Lunatic asylums Punjab 1911-1921 - 1911-1921
Year: 1911
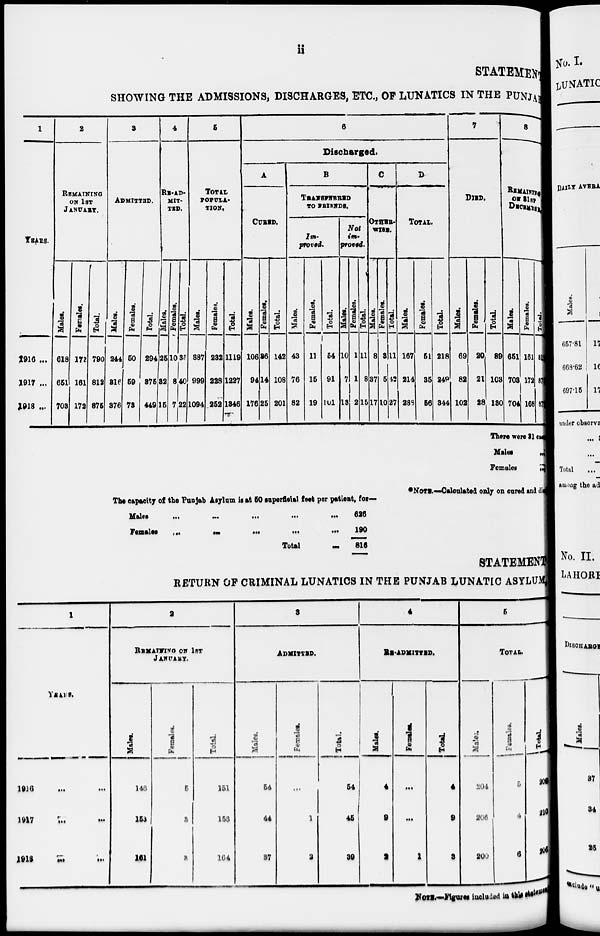
ii
STATEMENT
SHOWING THE ADMISSIONS, DISCHARGES, ETC., OF LUNATICS IN THE PUNJAB
1
YEARS.
1916 ...
1917 ...
1918 ...
2
REMAINING
ON 1ST
JANUARY.
Males.
618
651
703
Females.
172
161
172
Total.
790
812
875
3
ADMITTED.
Males.
244
316
876
Females.
50
59
73
Total.
294
875
449
4
RE-AD-
MIT-
TED.
Males.
25
32
16
Females.
10
8
7
Total.
35
40
22
5
TOTAL
POPULA-
TION.
Males.
887
999
1094
Females.
282
228
262
Total.
1119
1227
1346
6
Discharged.
A
CURED.
Males.
106
94
176
Females.
36
14
25
Total.
142
108
201
B
TRANSFERRED
TO FRIENDS.
Im-
proved.
Males.
43
76
82
Females.
11
15
19
Total.
54
91
101
Not
proved.
Males.
10
7
13
Females.
1
1
2
Total.
11
8
15
C
OTHER-
WISE.
Males.
8
37
17
Females.
3
5
10
Total.
11
42
27
D
TOTAL.
Males.
167
214
288
Females.
61
35
56
Total.
218
249
344
7
DIED.
Males.
69
82
102
Females.
20
21
28
Total.
89
103
130
8
REMAINING
ON 31ST
DECEMBER.
Males.
651
703
704
Females.
161
172
168
Total.
812
875
872
There were 31 cm
Males
...
Females
...
*NOTE.—Calculated only on cured and di
The capacity of the Punjab Asylum is at 50 superficial feet per patient, for—
Males ... ... ... ...
Females ... ... ... ...
Total ...
626
190
816
STATEMENT
RETURN OF CRIMINAL LUNATICS IN THE PUNJAB LUNATIC ASYLUM
1
YEAR.
1916
...
...
1917 ... ...
1918
...
...
2
REMAINING ON 1ST
JANUARY.
Males.
146
153
161
Females.
5
3
3
Total.
151
156
164
3
ADMITTED.
Males.
54
44
37
Females.
...
1
3
Total.
54
45
39
4
RE-ADMITTED.
Males.
4
9
2
Females.
...
...
1
Total.
4
9
3
5
TOTAL.
Males.
204
206
200
Females.
5
4
6
Total.
209
210
206
NOTE.—Figures included in this statement